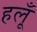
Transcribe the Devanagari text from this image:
हलूँ